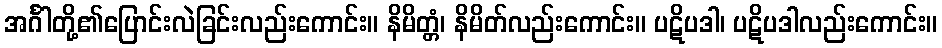
အင်္ဂါတို့၏ပြောင်းလဲခြင်းလည်းကောင်း။ နိမိတ္တံ၊ နိမိတ်လည်းကောင်း။ ပဋိပဒါ၊ ပဋိပဒါလည်းကောင်း။